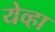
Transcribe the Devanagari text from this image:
येव्हा